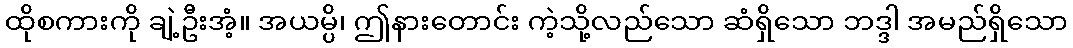
ထိုစကားကို ချဲ့ဦးအံ့။ အယမ္ပိ၊ ဤနားတောင်း ကဲ့သို့လည်သော ဆံရှိသော ဘဒ္ဒါ အမည်ရှိသော